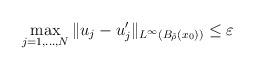
LaTeX: \begin{align*}\max_{j=1,\ldots,N}\|u_j-u'_j\|_{L^{\infty}(B_{\tilde{\rho}}(x_0))}\leq\varepsilon\end{align*}